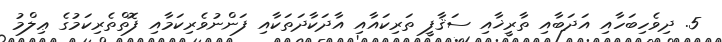
5. ދިވެހިބަހާއި އަދަބާއި ތާރީޚާއި ސަޤާފީ ތަރިކައާއި އާދަކާދަތަކާއި ފަންނުވެރިކަމާއި ފޮތްތެރިކަމުގެ ޢިލްމު